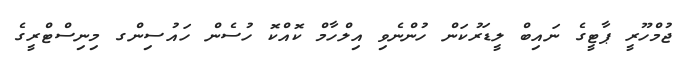
ޖުމްހޫރީ ޕާޓީގެ ނައިބް ލީޑަރުކަން ހުންނެވި އިލްހާމް ކޮއްކޮ ހުސެން ހައުސިންގ މިނިސްޓްރީގެ